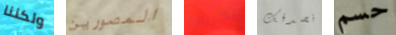
ولكننا المصورين لجريمة نصدقك حسم